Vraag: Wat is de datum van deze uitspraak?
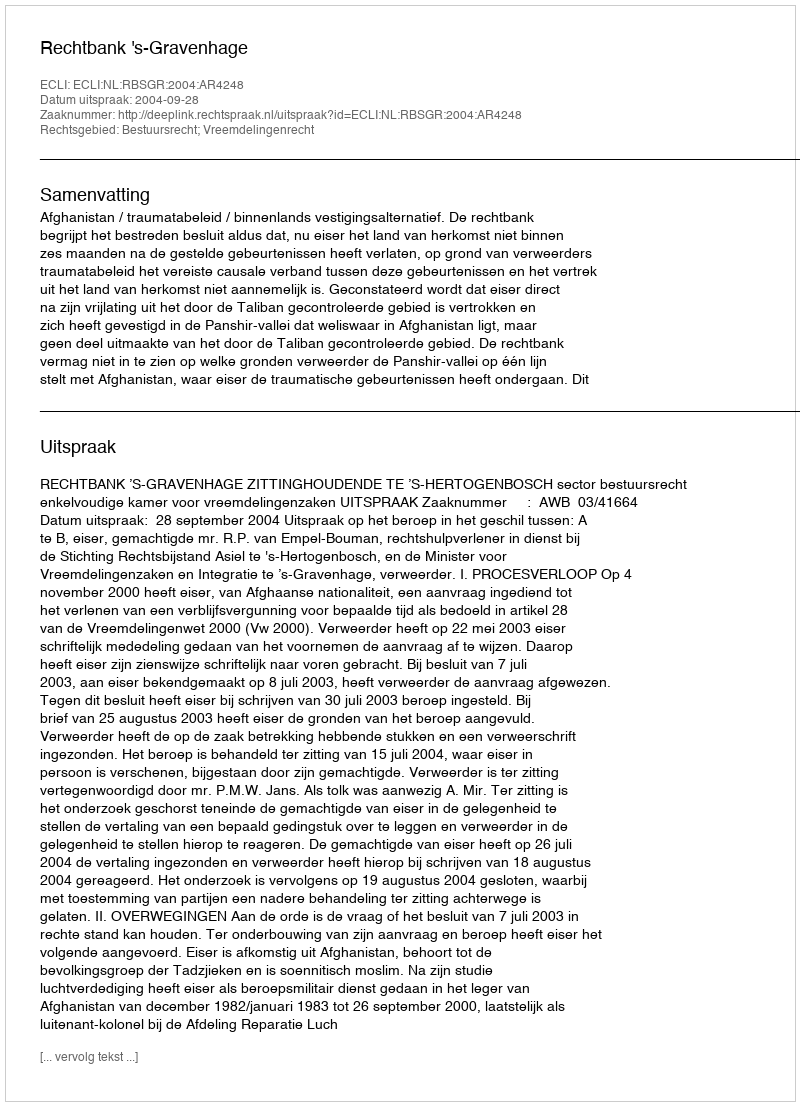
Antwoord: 2004-09-28